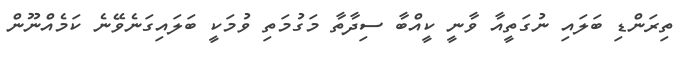
ތިރަންޑި ބަލައި ނުގަތީއާ ވާނީ ކީއްބާ ސިދާތާ މަގުމަތި ވުމަކީ ބަލައިގަނެވޭނެ ކަމެއްނޫން